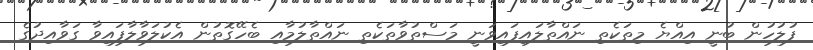
ފުލުހުން ބުނީ އިއްޔެ މިތަކެތި ނައްތާލައިފައިވަނީ މަސްތުވާތަކެތި ނައްތާލުމާއި ބެހޭގޮތުން އެކުލަވާލާފައިވާ ގަވާއިދުގެ